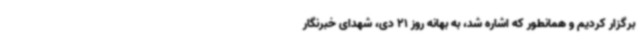
برگزار کردیم و همانطور که اشاره شد، به بهانه روز 21 دی، شهدای خبرنگار